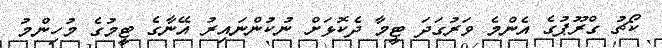
ކޯޗު ގްރޫޕުގެ އެންމެ ވަރުގަދަ ޓީމާ ދެކޮޅަށް ނުކުންނައިރު އޭނާގެ ޓީމުގެ މުހިންމު